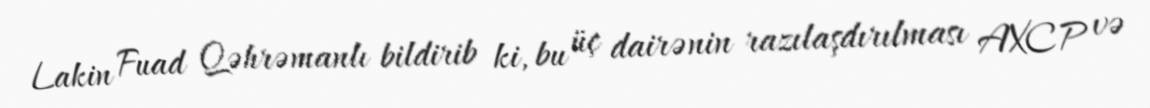
Lakin Fuad Qəhrəmanlı bildirib ki, bu üç dairənin razılaşdırılması AXCP və